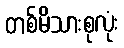
တစ်မိသားစုလုံး